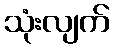
သုံးလျက်